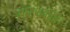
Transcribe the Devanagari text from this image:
सार्थकता।